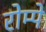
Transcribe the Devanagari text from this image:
रोम्पे